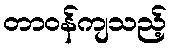
တာဝန်ကျသည့်